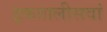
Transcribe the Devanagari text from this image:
इकतालीसवां